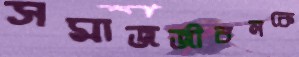
সমাজজীবনকে